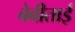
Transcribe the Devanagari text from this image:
बेबीताई